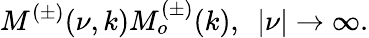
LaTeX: M^{(\pm)}(\nu,k)M_{o}^{(\pm)}(k),~~|\nu|\rightarrow\infty.